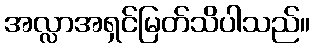
အလ္လာအရှင်မြတ်သိပါသည်။